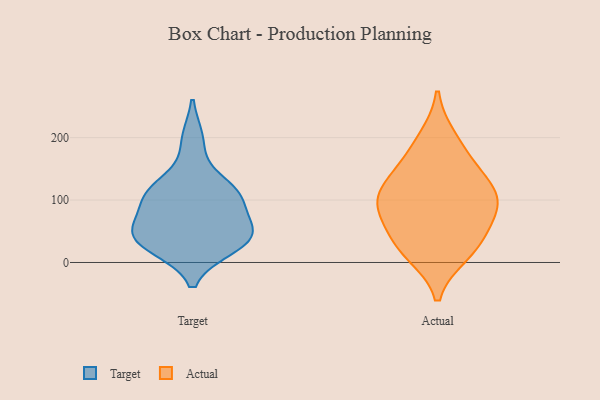
{"axis": {"x": "Population (Million)", "y": "Value"}, "legend": ["Actual", "Target"], "data": [{"x": "", "y": 44, "type": "Target"}, {"x": "", "y": 25, "type": "Target"}, {"x": "", "y": 111, "type": "Target"}, {"x": "", "y": 50, "type": "Target"}, {"x": "", "y": 60, "type": "Target"}, {"x": "", "y": 196, "type": "Target"}, {"x": "", "y": 45, "type": "Target"}, {"x": "", "y": 107, "type": "Target"}, {"x": "", "y": 109, "type": "Target"}, {"x": "", "y": 116, "type": "Target"}, {"x": "", "y": 28, "type": "Target"}, {"x": "", "y": 198, "type": "Actual"}, {"x": "", "y": 117, "type": "Actual"}, {"x": "", "y": 166, "type": "Actual"}, {"x": "", "y": 73, "type": "Actual"}, {"x": "", "y": 30, "type": "Actual"}, {"x": "", "y": 29, "type": "Actual"}, {"x": "", "y": 134, "type": "Actual"}, {"x": "", "y": 92, "type": "Actual"}, {"x": "", "y": 108, "type": "Actual"}, {"x": "", "y": 87, "type": "Actual"}, {"x": "", "y": 15, "type": "Actual"}]}